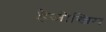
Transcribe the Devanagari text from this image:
हैजोखिम